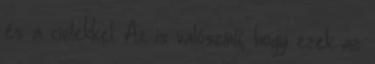
és a civilekkel. Az is valószínű, hogy ezek az